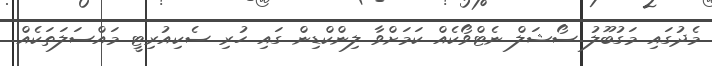
މެދުގައި މަގުބޫލު ސޯޝަލް ނެޓްވޯކެއް ކަމަށްވާ ލިންކްޑިން ގައި ހުރި ސެކިއުރިޓީ މައްސަލަތަކެއް